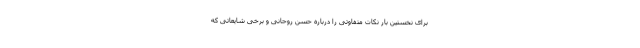
برای نخستین بار نکات متفاوتی را درباره حسن روحانی و برخی شایعاتی که